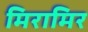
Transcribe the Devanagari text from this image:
मिरामिर